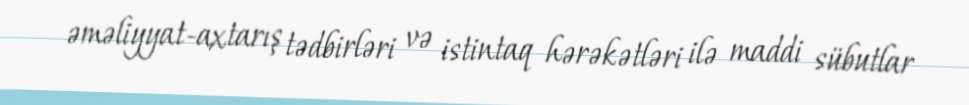
əməliyyat-axtarış tədbirləri və istintaq hərəkətləri ilə maddi sübutlar